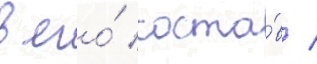
в его́ соста́в /